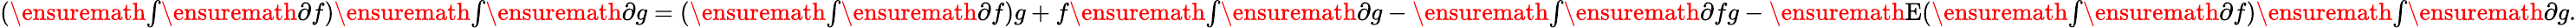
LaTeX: (\ensuremath{{\textstyle\int}}\ensuremath{\partial}f)\ensuremath{{\textstyle\int}}\ensuremath{\partial}g=(\ensuremath{{\textstyle\int}}\ensuremath{\partial}f)g+f\ensuremath{{\textstyle\int}}\ensuremath{\partial}g-\ensuremath{{\textstyle\int}}\ensuremath{\partial}fg-\ensuremath{{\mathrm{E}}}(\ensuremath{{\textstyle\int}}\ensuremath{\partial}f)\ensuremath{{\textstyle\int}}\ensuremath{\partial}g.